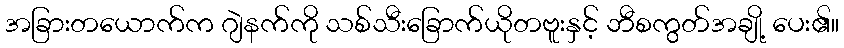
အခြားတယောက်က ဂျဲနက်ကို သစ်သီးခြောက်ယိုတဗူးနှင့် ဘီစကွတ်အချို့ ပေး၏။